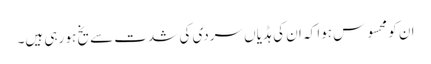
ان کو محسوس ہوا کہ ان کی ہڈیاں سردی کی شدت سے یخ ہو رہی ہیں۔